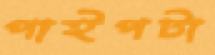
পাইপটা